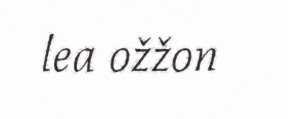
lea ožžon